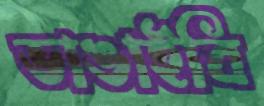
ভাঙাইবি